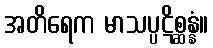
အတိရေက မာသပ္ပဋိစ္ဆန္နံ။